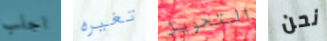
اجلب تغيره التحويل نحن